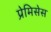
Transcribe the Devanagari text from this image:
प्रेमिसेस